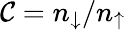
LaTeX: {\mathcal C}=n_{\downarrow}/n_{\uparrow}